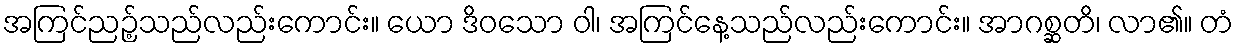
အကြင်ညဉ့်သည်လည်းကောင်း။ ယော ဒိဝသော ဝါ၊ အကြင်နေ့သည်လည်းကောင်း။ အာဂစ္ဆတိ၊ လာ၏။ တံ